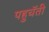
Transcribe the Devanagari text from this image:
पहुचॅती